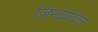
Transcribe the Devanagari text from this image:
ज़िन्दादिल